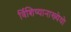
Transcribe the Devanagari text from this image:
र्विशिष्यानाख्येयो